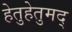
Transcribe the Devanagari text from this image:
हेतुहेतुमद्